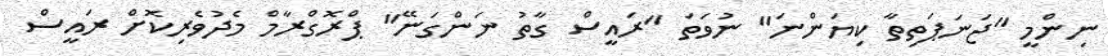
ނިންމީ "ޖަނަޕަތިތާ ކިޔަންނަ" ނުވަތަ "ރައީސް ގާތު ނަންގަނޭ" ޕްރޮގްރާމް މެދުވެރިކޮށް ރައީސް